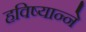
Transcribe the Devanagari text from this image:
हविष्यान्ने